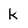
Character: k